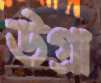
উগ্রা